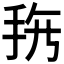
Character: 𱟲